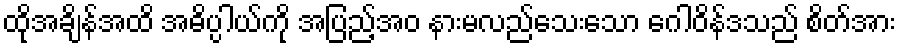
ထိုအချိန်အထိ အဓိပ္ပါယ်ကို အပြည့်အဝ နားမလည်သေးသော ဂေါဝိန်ဒသည် စိတ်အား